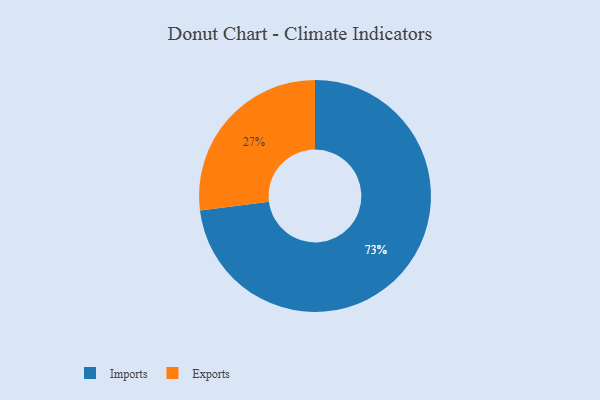
{"axis": {"x": "Category", "y": "Percentage"}, "legend": ["Exports", "Imports"], "data": [{"x": "Imports", "y": 73, "type": "Imports"}, {"x": "Exports", "y": 27, "type": "Exports"}]}